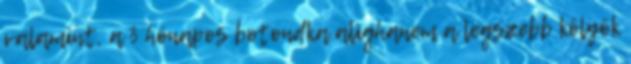
valamint, a 3 hónapos botondka alighanem a legszebb kölyök